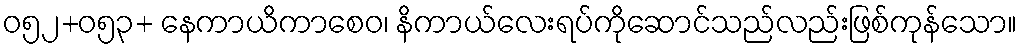
ဝ၅၂+ဝ၅၃+ နေကာယိကာစေဝ၊ နိကာယ်လေးရပ်ကိုဆောင်သည်လည်းဖြစ်ကုန်သော။